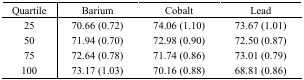
| Quartile | Barium | Cobalt | Lead |
 | --- | --- | --- | --- |
 | 25 | 70.66 (0.72) | 74.06 (1.10) | 73.67 (1.01) |
 | 50 | 71.94 (0.70) | 72.98 (0.90) | 72.50 (0.87) |
 | 75 | 72.64 (0.78) | 71.74 (0.86) | 73.01 (0.79) |
 | 100 | 73.17 (1.03) | 70.16 (0.88) | 68.81 (0.86) |